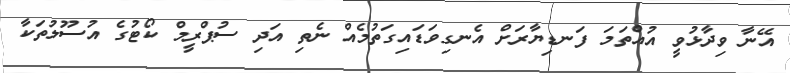
އޭނާ ވިދާޅުވީ އުއްތަމަ ފަނޑިޔާރަށް އެނގިވަޑައިގަތުމެއް ނެތި އަދި ސުޕްރީމް ކޯޓުގެ އުސޫލުތަކާ